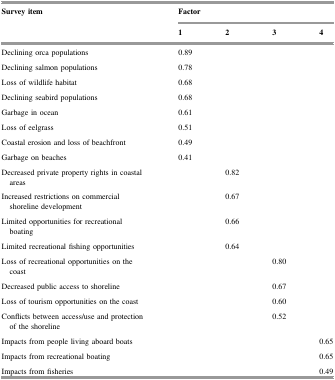
<table><thead><tr><td rowspan="2"><b>Survey item</b></td><td colspan="4"><b>Factor</b></td></tr><tr><td><b>1</b></td><td><b>2</b></td><td><b>3</b></td><td><b>4</b></td></tr></thead><tbody><tr><td>Declining orca populations</td><td>0.89</td><td></td><td></td><td></td></tr><tr><td>Declining salmon populations</td><td>0.78</td><td></td><td></td><td></td></tr><tr><td>Loss of wildlife habitat</td><td>0.68</td><td></td><td></td><td></td></tr><tr><td>Declining seabird populations</td><td>0.68</td><td></td><td></td><td></td></tr><tr><td>Garbage in ocean</td><td>0.61</td><td></td><td></td><td></td></tr><tr><td>Loss of eelgrass</td><td>0.51</td><td></td><td></td><td></td></tr><tr><td>Coastal erosion and loss of beachfront</td><td>0.49</td><td></td><td></td><td></td></tr><tr><td>Garbage on beaches</td><td>0.41</td><td></td><td></td><td></td></tr><tr><td>Decreased private property rights in coastal areas</td><td></td><td>0.82</td><td></td><td></td></tr><tr><td>Increased restrictions on commercial shoreline development</td><td></td><td>0.67</td><td></td><td></td></tr><tr><td>Limited opportunities for recreational boating</td><td></td><td>0.66</td><td></td><td></td></tr><tr><td>Limited recreational fishing opportunities</td><td></td><td>0.64</td><td></td><td></td></tr><tr><td>Loss of recreational opportunities on the coast</td><td></td><td></td><td>0.80</td><td></td></tr><tr><td>Decreased public access to shoreline</td><td></td><td></td><td>0.67</td><td></td></tr><tr><td>Loss of tourism opportunities on the coast</td><td></td><td></td><td>0.60</td><td></td></tr><tr><td>Conflicts between access/use and protection of the shoreline</td><td></td><td></td><td>0.52</td><td></td></tr><tr><td>Impacts from people living aboard boats</td><td></td><td></td><td></td><td>0.65</td></tr><tr><td>Impacts from recreational boating</td><td></td><td></td><td></td><td>0.65</td></tr><tr><td>Impacts from fisheries</td><td></td><td></td><td></td><td>0.49</td></tr></tbody></table>